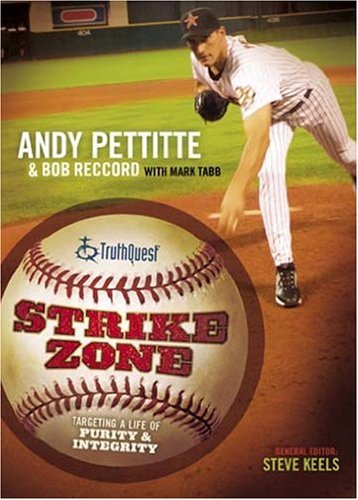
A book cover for Strike Zone: Targeting A Life Of Integrity & Purity (Truthquest); Mark Tabb; Teen & Young Adult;